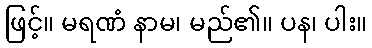
ဖြင့်။ မရဏံ နာမ၊ မည်၏။ ပန၊ ပါး။